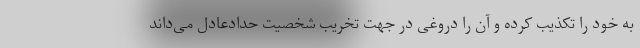
به خود را تکذیب کرده و آن را دروغی در جهت تخریب شخصیت حدادعادل می‌داند